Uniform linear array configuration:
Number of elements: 12
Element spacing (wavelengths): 0.25
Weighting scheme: exponential
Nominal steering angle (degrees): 60
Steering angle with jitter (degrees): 59.745
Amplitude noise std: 0.05
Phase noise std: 0.05

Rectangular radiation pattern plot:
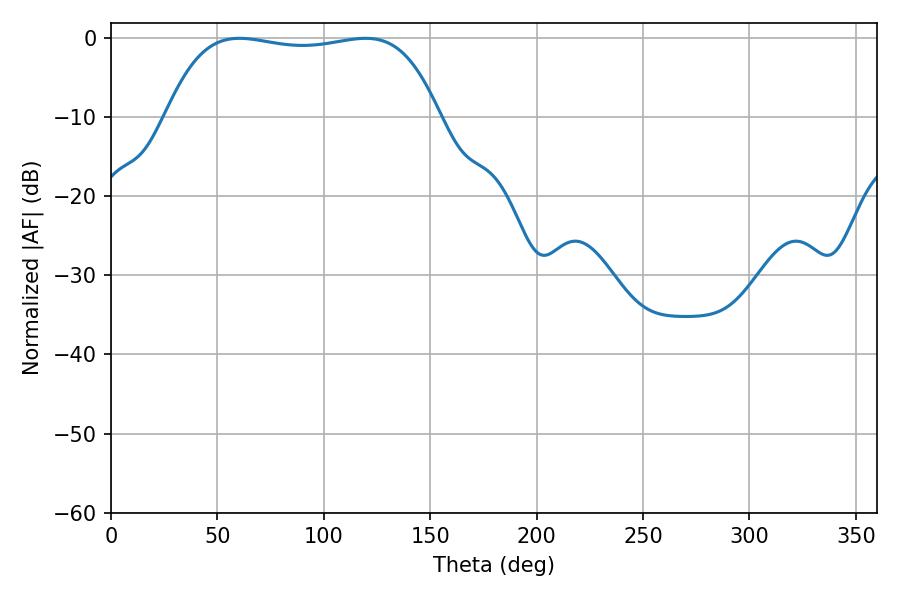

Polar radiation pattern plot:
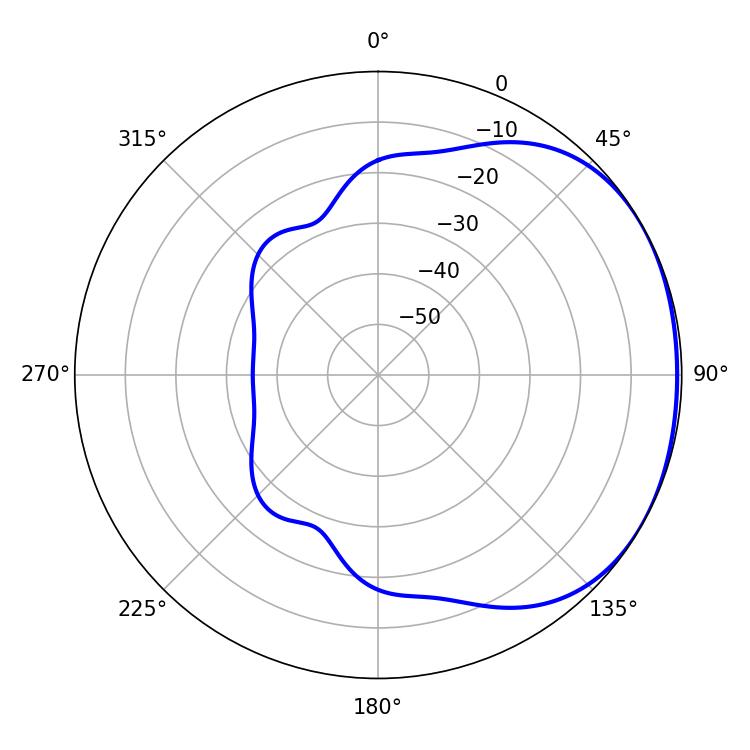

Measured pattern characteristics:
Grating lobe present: FALSE
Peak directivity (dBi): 1.414
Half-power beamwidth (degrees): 101.88
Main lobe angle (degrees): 60.3